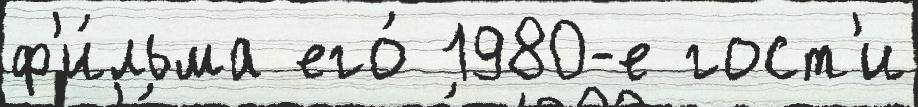
ф'и́льма его́ 1980-е гост'и